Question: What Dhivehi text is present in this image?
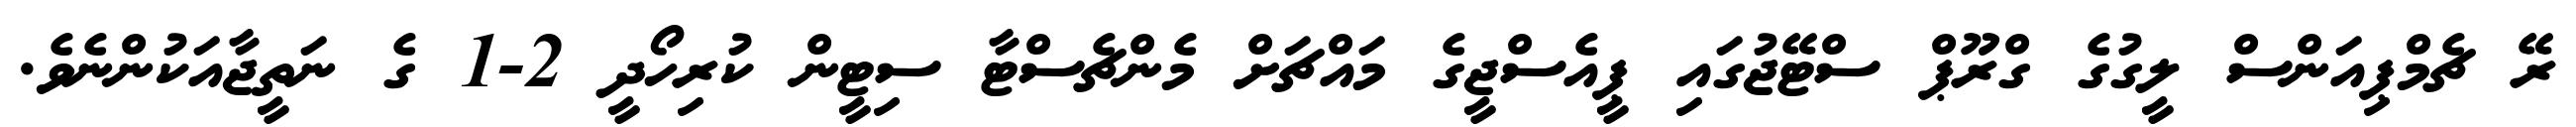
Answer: ރޭ ޗެމްޕިއަންސް ލީގުގެ ގްރޫޕް ސްޓޭޖުގައި ޕީއެސްޖީގެ މައްޗަށް މެންޗެސްޓާ ސިޓީން ކުރިހޯދީ 2-1 ގެ ނަތީޖާއަކުންނެވެ.